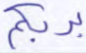
بربكم